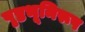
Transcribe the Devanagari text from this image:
पृष्ठभूमिरूप